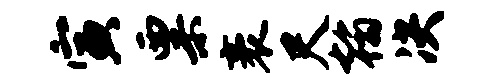
寅粟袤尺翰决